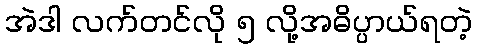
အဲဒါ လက်တင်လို ၅ လို့အဓိပ္ပာယ်ရတဲ့